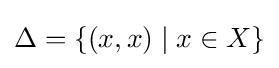
\Delta =\{(x,x)\mid x\in X\}